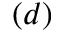
( d )